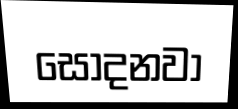
සෝදනවා